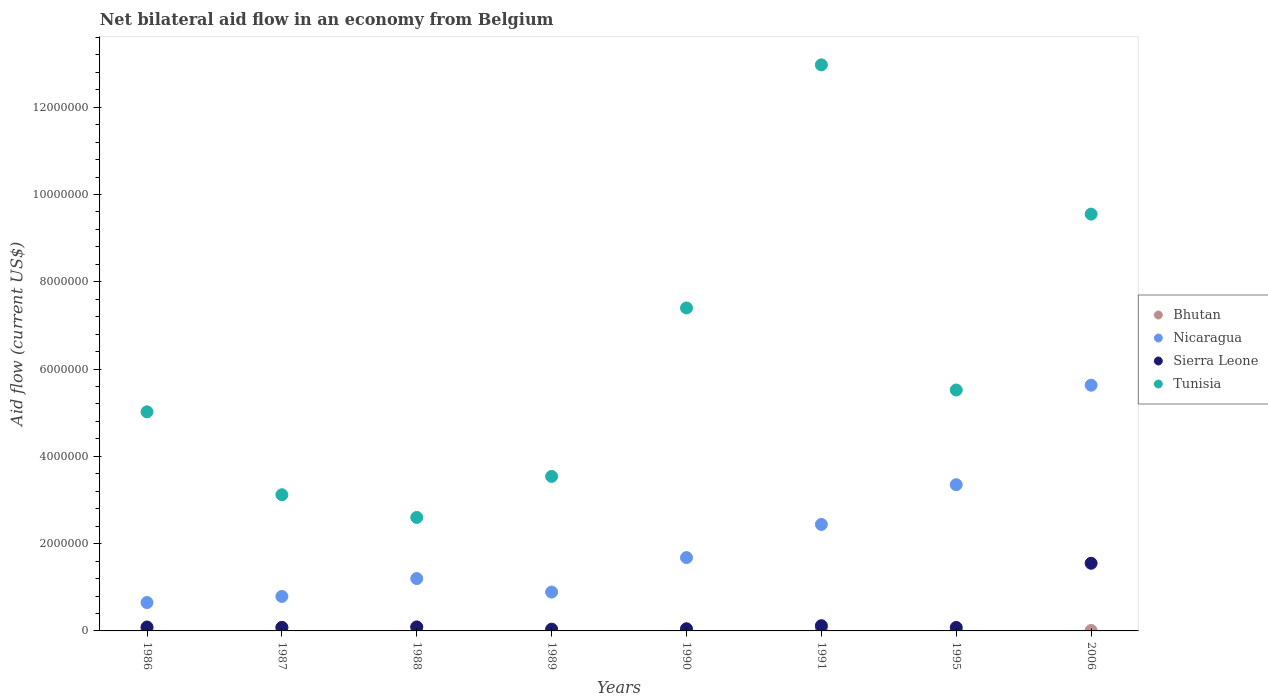
| Years | Bhutan | Nicaragua | Sierra Leone | Tunisia |
 | --- | --- | --- | --- | --- |
 | 1986 | 5e+04 | 6.5e+05 | 9e+04 | 5.02e+06 |
 | 1987 | 8e+04 | 7.9e+05 | 8e+04 | 3.12e+06 |
 | 1988 | 9e+04 | 1.2e+06 | 9e+04 | 2.6e+06 |
 | 1989 | 1e+04 | 8.9e+05 | 4e+04 | 3.54e+06 |
 | 1990 | 1e+04 | 1.68e+06 | 5e+04 | 7.4e+06 |
 | 1991 | 5e+04 | 2.44e+06 | 1.2e+05 | 1.3e+07 |
 | 1995 | 1e+04 | 3.35e+06 | 8e+04 | 5.52e+06 |
 | 2006 | 1e+04 | 5.63e+06 | 1.55e+06 | 9.55e+06 |